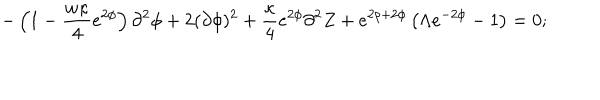
LaTeX: - \left( 1 - \frac { w \kappa } { 4 } e ^ { 2 \phi } \right) \partial ^ { 2 } \phi + 2 ( \partial \phi ) ^ { 2 } + \frac { \kappa } { 4 } e ^ { 2 \phi } \partial ^ { 2 } Z + e ^ { 2 \rho + 2 \phi } \left( \Lambda e ^ { - 2 \phi } - 1 \right) = 0 ;